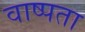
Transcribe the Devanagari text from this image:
वाष्पता